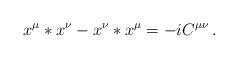
LaTeX: \begin{align*}x^\mu * x^\nu - x^\nu * x^\mu = - i C^{\mu\nu}\, .\end{align*}